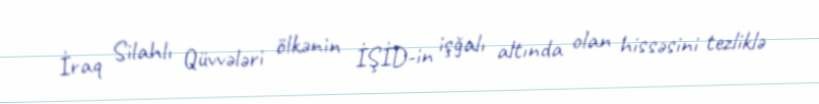
İraq Silahlı Qüvvələri ölkənin İŞİD-in işğalı altında olan hissəsini tezliklə